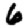
Digit: 6